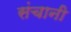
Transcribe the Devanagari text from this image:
संचानी